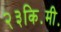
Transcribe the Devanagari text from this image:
२३कि॰मी॰